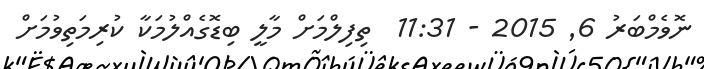
ނޮވެމްބަރު 6